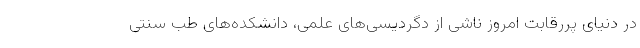
در دنیای پررقابت امروز ناشی از دگردیسی‌های علمی، دانشکده‌های طب سنتی